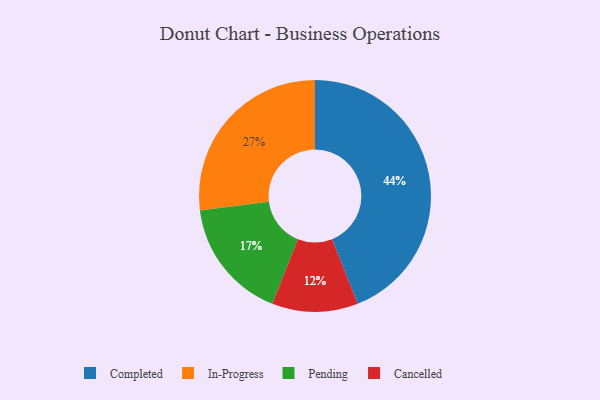
{"axis": {"x": "Category", "y": "Percentage"}, "legend": ["Cancelled", "Completed", "In-Progress", "Pending"], "data": [{"x": "Completed", "y": 44, "type": "Completed"}, {"x": "Cancelled", "y": 12, "type": "Cancelled"}, {"x": "In-Progress", "y": 27, "type": "In-Progress"}, {"x": "Pending", "y": 17, "type": "Pending"}]}